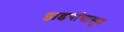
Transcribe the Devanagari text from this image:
झडपांपासून